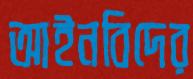
আইনবিদের